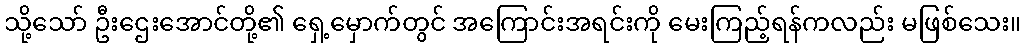
သို့သော် ဦးဌေးအောင်တို့၏ ရှေ့မှောက်တွင် အကြောင်းအရင်းကို မေးကြည့်ရန်ကလည်း မဖြစ်သေး။